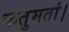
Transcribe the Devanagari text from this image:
क्रतुमतां।